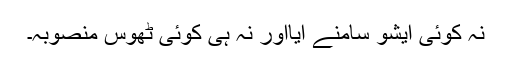
نہ کوئی ایشو سامنے آیااور نہ ہی کوئی ٹھوس منصوبہ۔